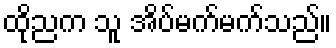
ထိုညက သူ အိပ်မက်မက်သည်။